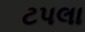
ટપલા